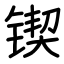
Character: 锲